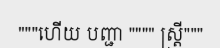
"""ហើយ បញ្ជា """" ស្ត្រី"""